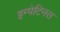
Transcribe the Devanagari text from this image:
इम्पेटिनस